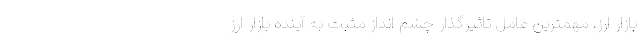
بازار ارز، مهمترین عامل تاثیرگذار چشم انداز مثبت به آینده بازار ارز